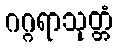
ဂဂ္ဂရာသုတ္တံ